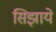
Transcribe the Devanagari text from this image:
सिझाये